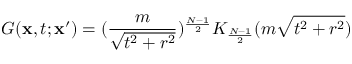
G ( \mathbf { x } , t ; \mathbf { x } ^ { \prime } ) = ( \frac { m } { \sqrt { t ^ { 2 } + r ^ { 2 } } } ) ^ { \frac { N - 1 } { 2 } } K _ { \frac { N - 1 } { 2 } } ( m \sqrt { t ^ { 2 } + r ^ { 2 } } )